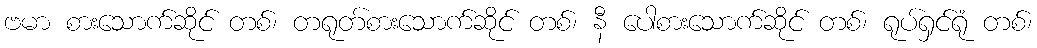
ဗမာ စားသောက်ဆိုင် တစ်၊ တရုတ်စားသောက်ဆိုင် တစ်၊ နီ ပေါစားသောက်ဆိုင် တစ်၊ ရုပ်ရှင်ရုံ တစ်၊